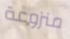
منزوعة